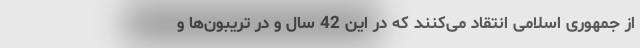
از جمهوری اسلامی انتقاد می‌کنند که در این 42 سال و در تریبون‌ها و